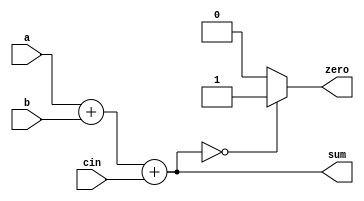
module alunit(output [31:0] sum,input [31:0] a,input [31:0] b,input cin,output zero);
reg zero;
assign sum[31:0] = a + b + cin;
always @ ( sum )
begin
	if(sum[31:0] == 0)
		zero = 1'b1;
	else
		zero = 1'b0;
end
endmodule